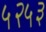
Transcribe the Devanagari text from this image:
५२५३